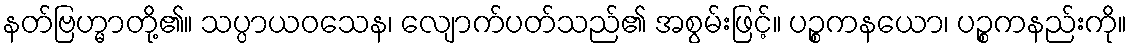
နတ်ဗြဟ္မာတို့၏။ သပ္ပာယဝသေန၊ လျောက်ပတ်သည်၏ အစွမ်းဖြင့်။ ပဉ္စကနယော၊ ပဉ္စကနည်းကို။